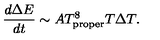
{ \frac { d \Delta E } { d t } } \sim A T _ { \mathrm { p r o p e r } } ^ { 8 } T \Delta T .